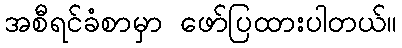
အစီရင်ခံစာမှာ ဖော်ပြထားပါတယ်။